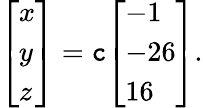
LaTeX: {\left[\begin{array}{l}{x}\\ {y}\\ {z}\end{array}\right]}=\mathtt{c}{\left[\begin{array}{l}{-1}\\ {-26}\\ {16}\end{array}\right]}.